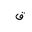
Letter: _qaf